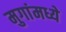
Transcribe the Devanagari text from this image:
मुगांमध्ये